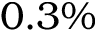
0 . 3 \%